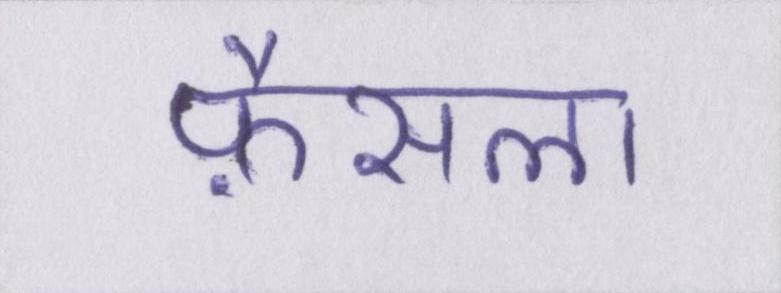
फ़ैसला